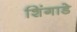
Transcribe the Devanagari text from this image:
शिंगाडे